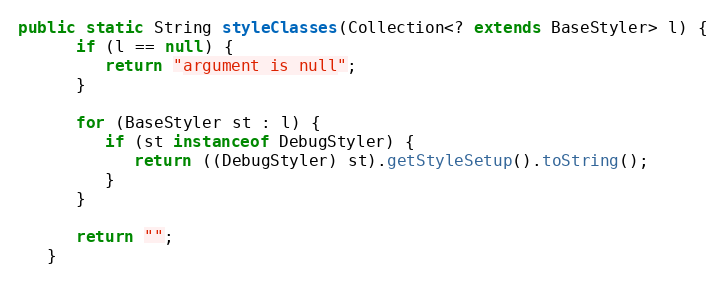
Language: Java
public static String styleClasses(Collection<? extends BaseStyler> l) {
      if (l == null) {
         return "argument is null";
      }

      for (BaseStyler st : l) {
         if (st instanceof DebugStyler) {
            return ((DebugStyler) st).getStyleSetup().toString();
         }
      }

      return "";
   }